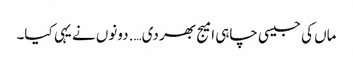
ماں کی جیسی چاہی امیج بھر دی…. دونوں نے یہی کیا۔